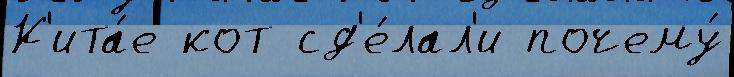
К'ита́е кот сд'е́лал'и почему́